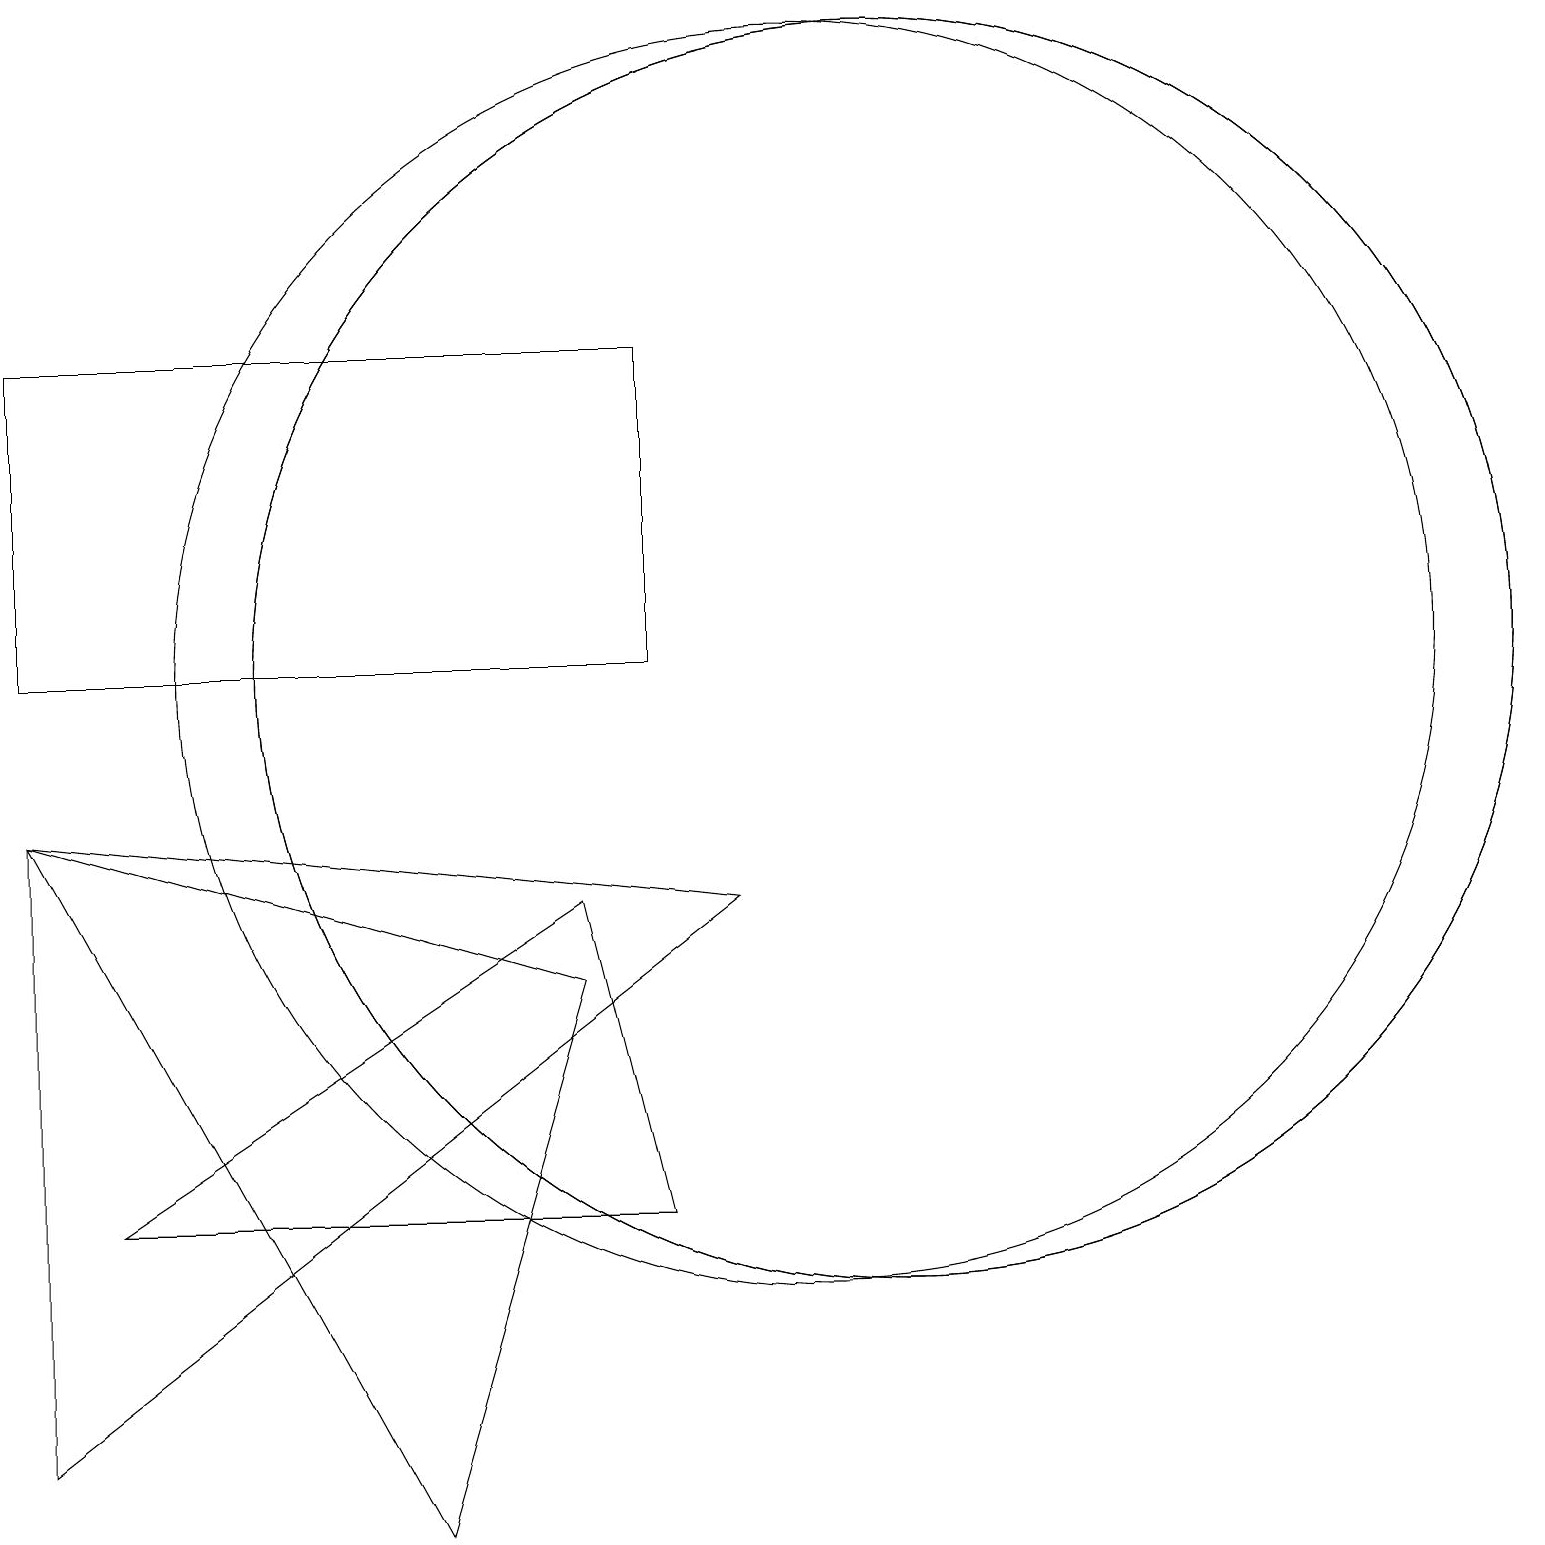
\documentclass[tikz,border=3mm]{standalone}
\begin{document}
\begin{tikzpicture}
\draw (11,11) circle (8);
\draw (11,11) circle (8);
\draw (0,9) -- (5,0) -- (7,7) -- cycle;
\draw (0,15) rectangle (8,11);
\draw (7,8) -- (8,4) -- (1,4) -- cycle;
\draw (10,11) circle (8);
\draw (0,9) -- (9,8) -- (0,1) -- cycle;
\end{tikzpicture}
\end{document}